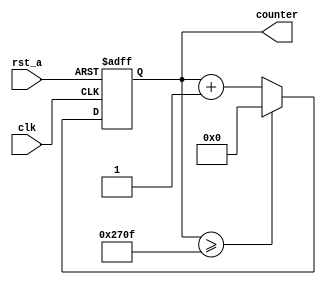
module Counter9999 #(parameter c_max = 9999)(
	input clk, rst_a,
	output reg [13:0] counter
);

always @(posedge clk or negedge rst_a)
	begin
		if(!rst_a)
			begin
				counter <= 0;
			end
		else
			begin
				if(counter >= c_max)
					begin
						counter <= 0;
					end
				else
					begin
						counter <= counter + 1;
					end
			end
	end 
endmodule